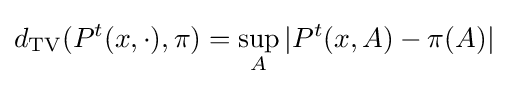
d_{\text{TV}}(P^{t}(x,\cdot ),\pi )=\sup _{A}|P^{t}(x,A)-\pi (A)|